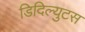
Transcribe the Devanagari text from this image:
डिदिल्युटस